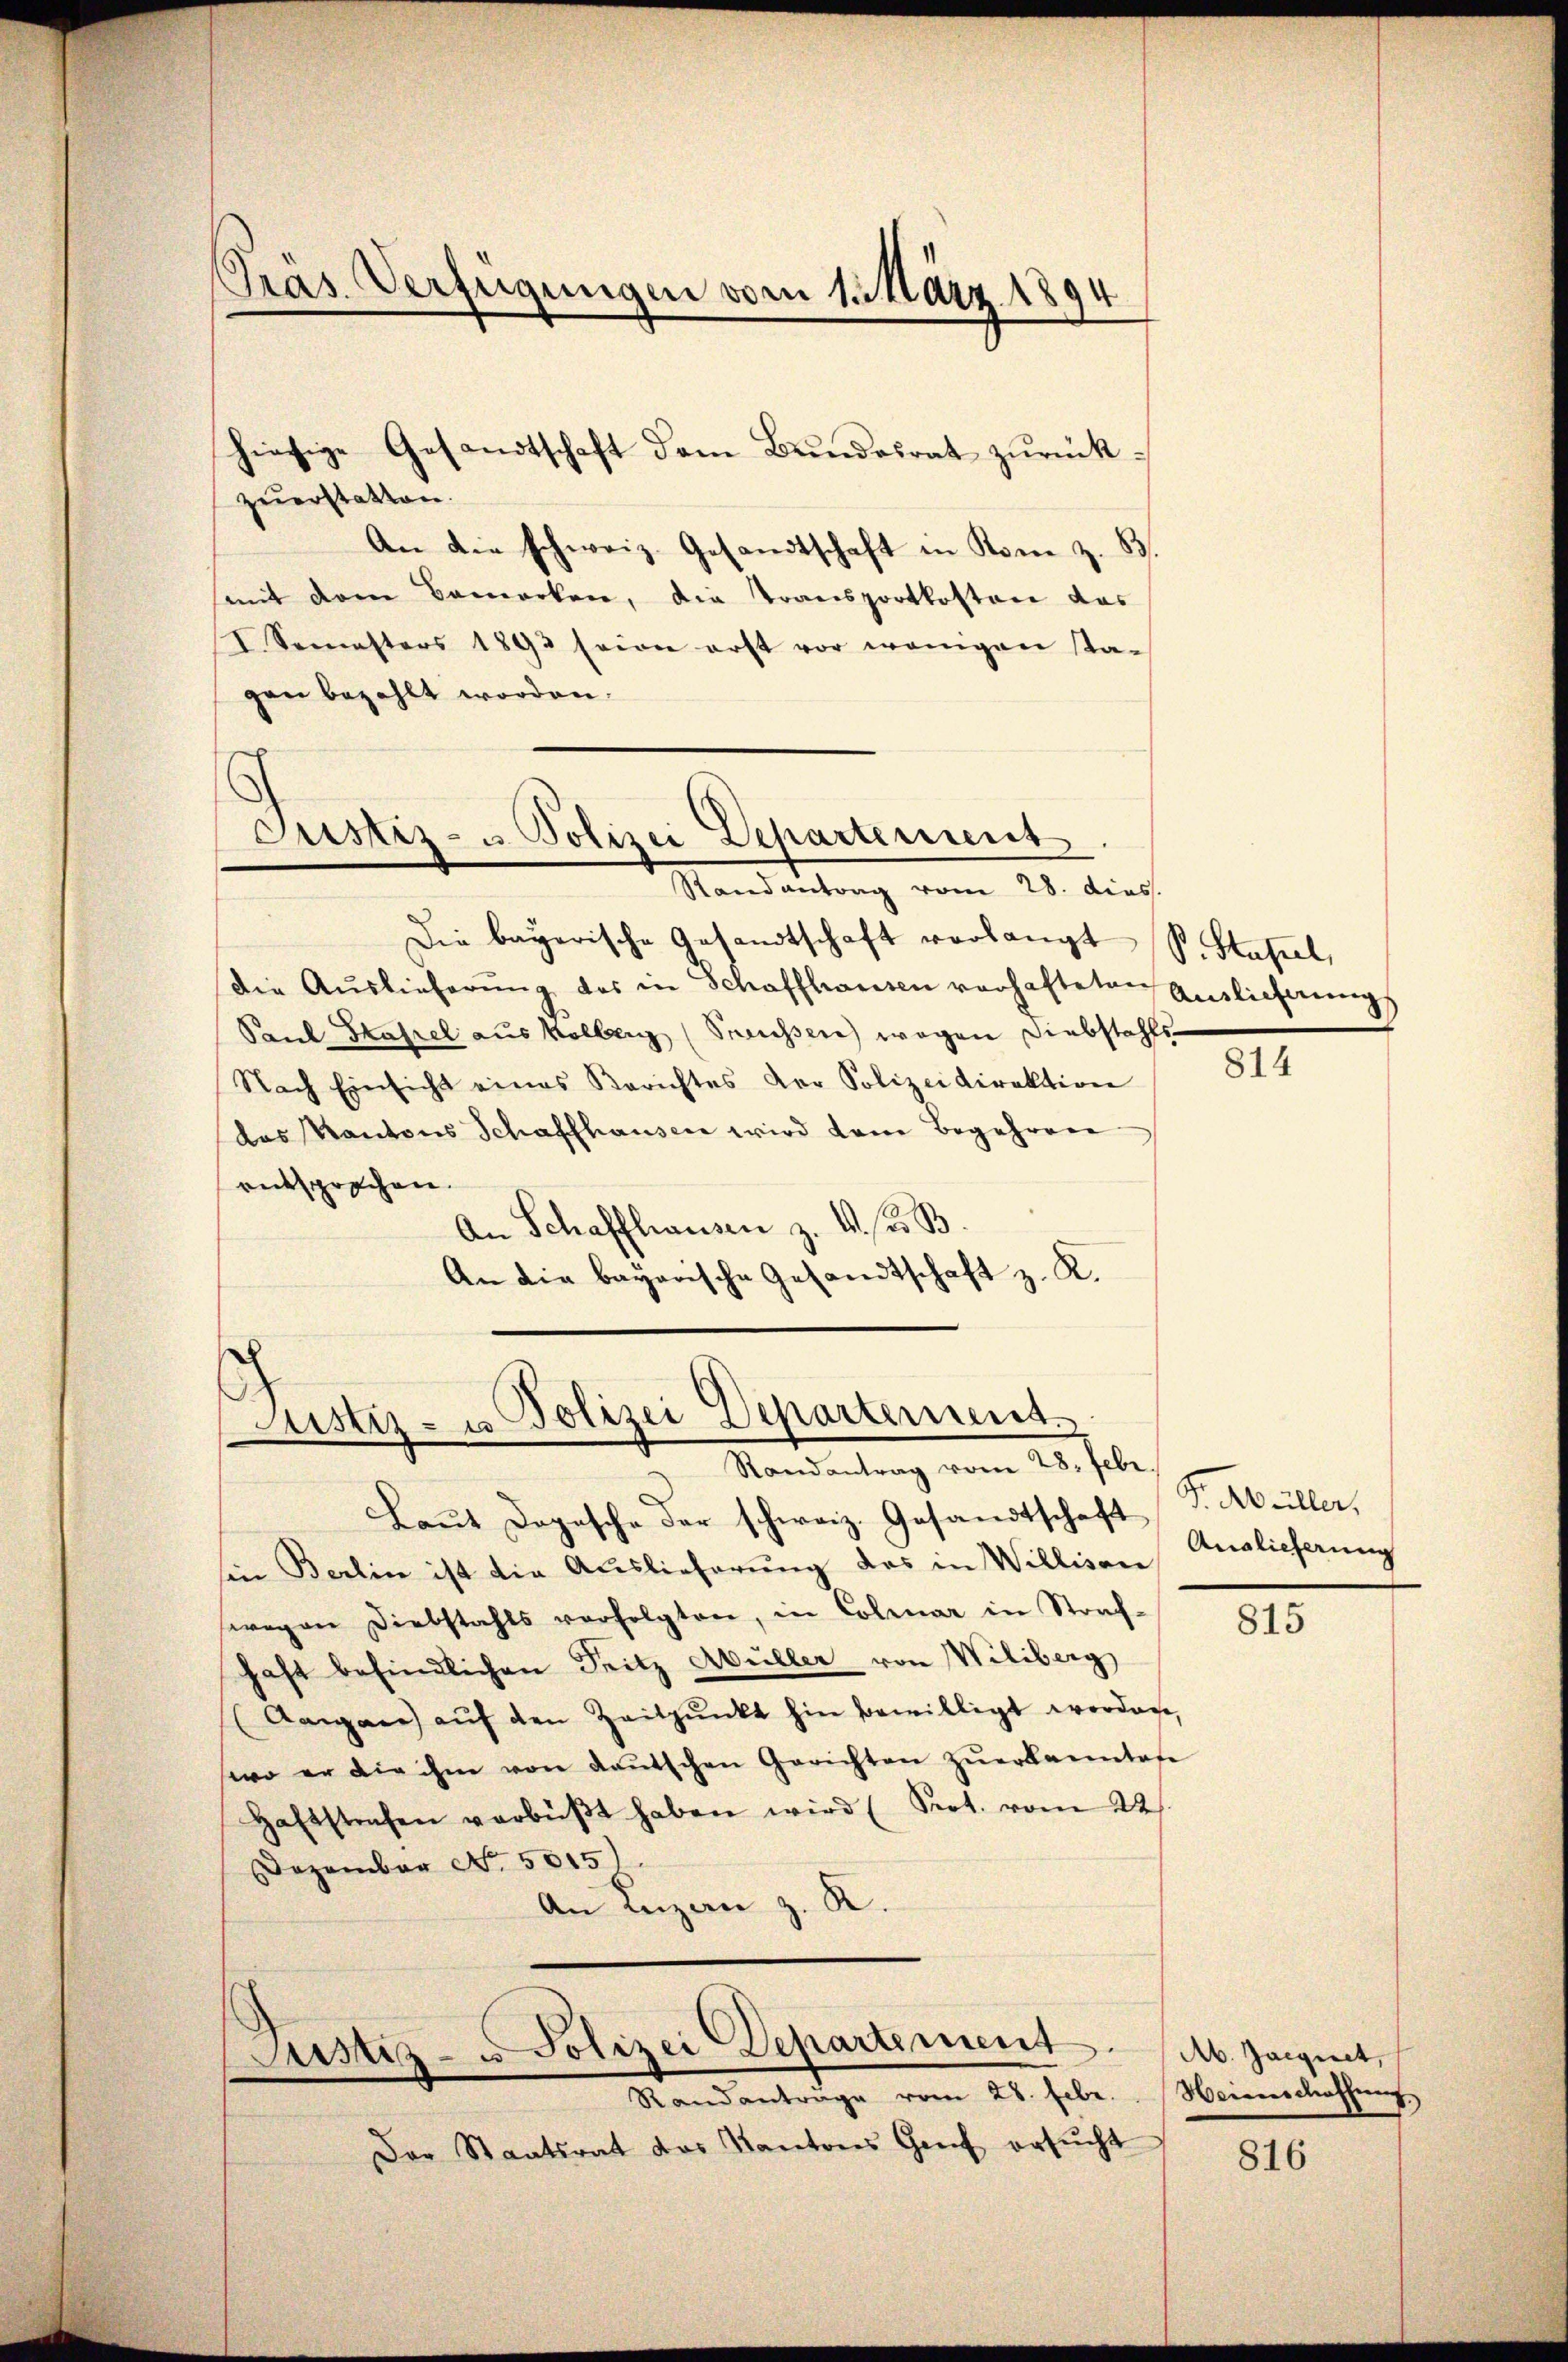
Pras. Verfügungen vom 1. März 1894
“

zuerstatten.
An die schweiz. Gesandtschaft in Kom z. B.
mit dem Bemerken, die Transportkosten das
I. Semesters 1892 seien erst vor wenigen sta-
gen bezahlt worden.
E

Die bayerische Gesandtschaft vorlangt S. Stafel,
Die Auslieferŭng des in Schaffhausen verhafteten Auslicherung
Paul Stafel aus kollenz Preussen wegen Diebstahls¬
Nach Einsicht eines Berichtes der Polizeidirektion
das Kantons Schaffhausen wird dem Begehren
entsprochen.
An Schaffhausen z. B. d. B.
An die bayerische Gesandtschaft z. K.

hiesige Gesandtschaft dem Bŭndesrat zŭrück-

Justiz- u Polizei Departement
Randantrag vom 28. dies.

Justiz- u. Polizei Departement
Randantrag vom 28. Febr.

Laŭt Dogasche der schweiz. Gesandtschaft
sin Berlin ist die Auslieferung des in Willisau Auslieferung
wegen Diebstahls verfolgten, in Colmar in Straf-
haft befindlichen Seitz Müller von Wiliberg
(Aargane aŭf den Zeitpunkt hin bewilligt worden,
wo er die ihne von deŭtschen Gerichten zŭerkanntese
Haftstrafen verbüβt haben wird (Prot. vom 22.
Dezember No. 5015).
An Luzern z. R.

Justiz- u Polizei Departement
Randanträge vom 28. Febr.

Der Staatsrat das Kantons Genf ersucht

814

815

P. Müller,

Ab. Jaegnet,
Neienschaffung.

816